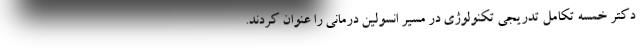
دکتر خمسه تکامل تدریجی تکنولوژی در مسیر انسولین درمانی را عنوان کردند.